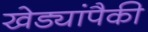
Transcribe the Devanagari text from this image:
खेड्यांपैकी